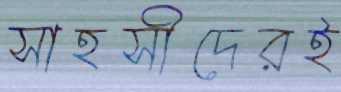
সাহসীদেরই